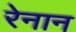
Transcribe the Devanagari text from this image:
रेनान